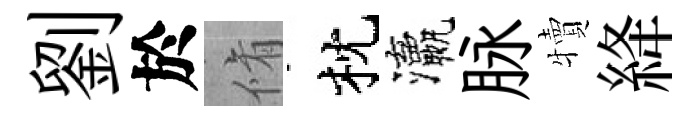
劉於脩枕瀛脉犢絳